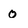
Character: O